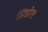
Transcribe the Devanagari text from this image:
सिंडोल